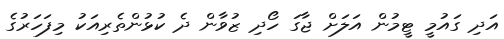
އަދި ގައުމީ ޓީމުން އަލަށް ޖާގަ ހޯދި ޒުވާން ދެ ކުޅުންތެރިއަކު މިފަހަރުގެ